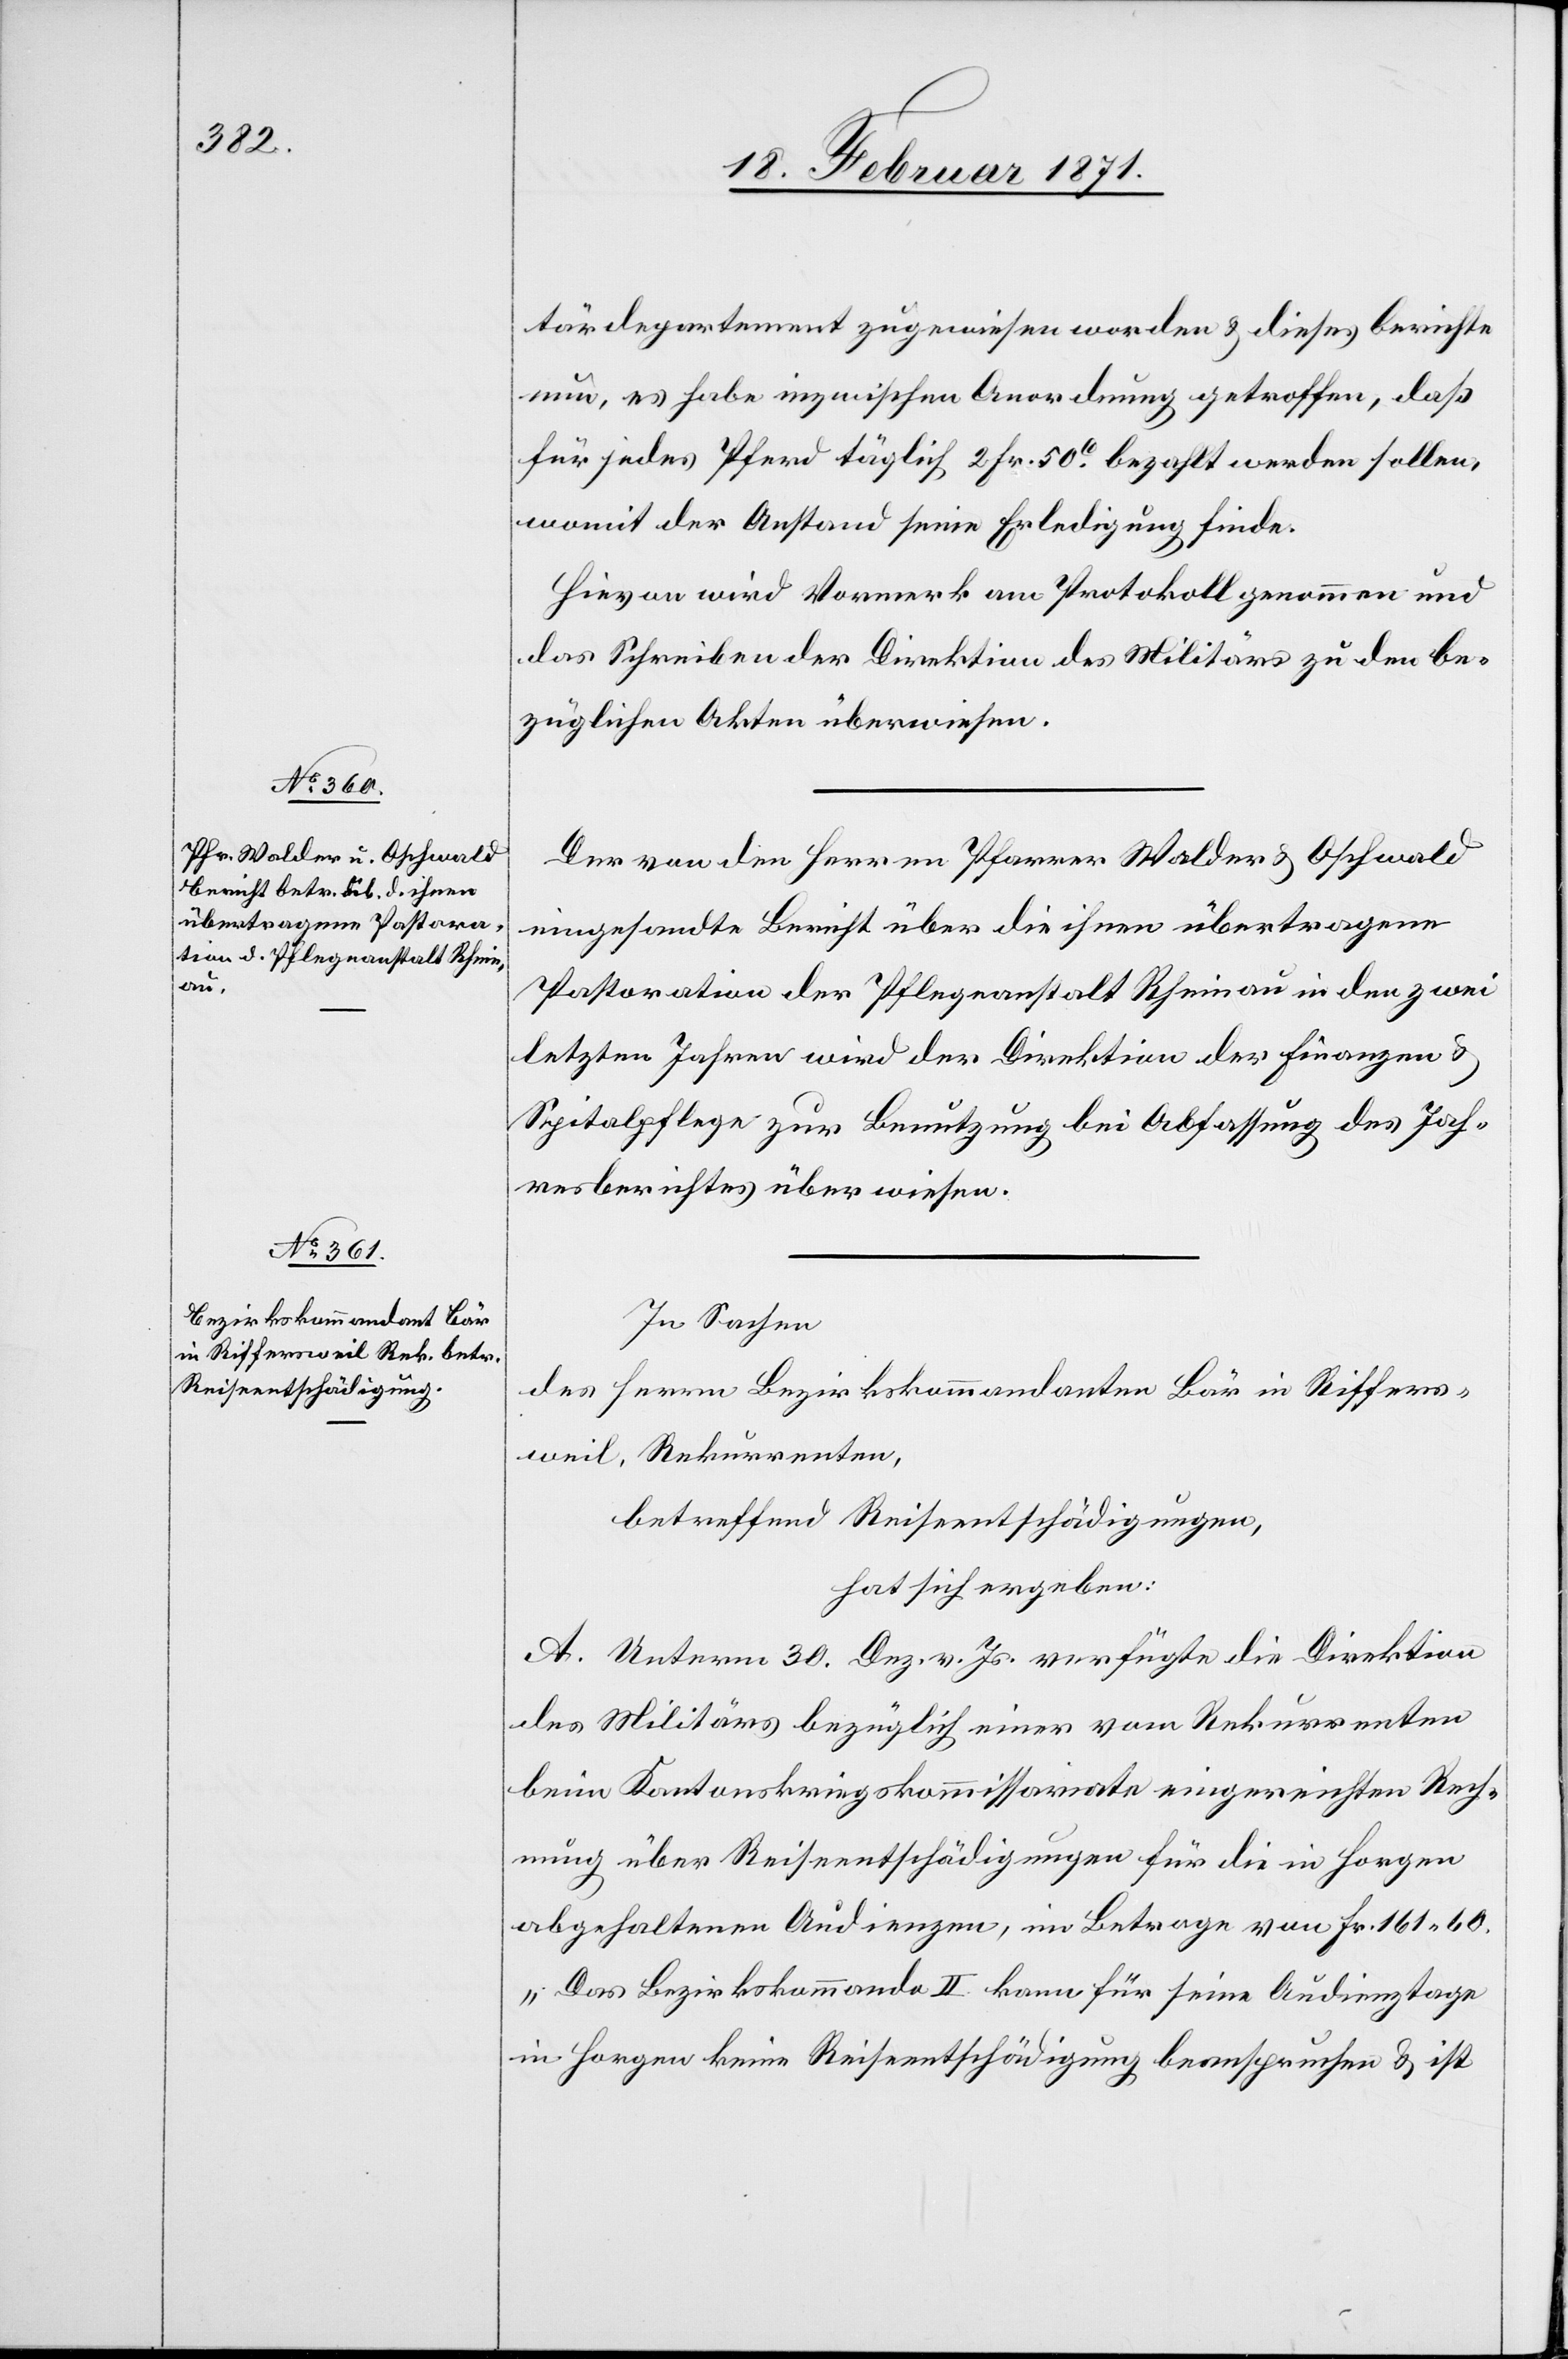
tärdepartement zugewiesen worden u. dieses berichte
nun, es habe inzwischen Anordnung getroffen, daß
für jedes Pferd täglich 2 Fr. 50c. bezahlt werden sollen,
womit der Anstand seine Erledigung finde.
Hievon wird Vormerk am Protokoll genommen und
das Schreiben der Direktion des Militärs zu den be¬
züglichen Akten überwiesen.
Der von den Herren Pfarrer Walder u. Oschwald
eingesandte Bericht über die ihnen übertragene
Pastoration der Pflegeanstalt Rheinau in den zwei
letzten Jahren wird der Direktion der Finanzen u.
Spitalpflege zur Benutzung bei Abfassung des Jah¬
resberichtes überwiesen.
In Sachen
des Herrn Bezirkskommandanten Bär in Riffers¬
weil, Rekurrenten,
betreffend Reiseentschädigungen,
hat sich ergeben:
A. Unterm 30. Dez. v. Js. verfügte die Direktion
des Militärs bezüglich einer von Rekurrenten
beim Kantonskriegskommissariate eingereichten Rech¬
nung über Reiseentschädigungen für die in Horgen
abgehaltenen Audienzen, in Betrage von Fr. 161.60.
„Das Bezirkskommando II kann für seine Audienztage
in Horgen keine Reiseentschädigung beanspruchen u. ist